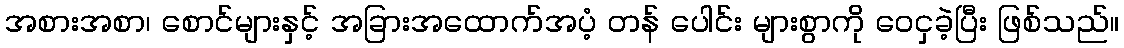
အစားအစာ၊ စောင်များနှင့် အခြားအထောက်အပံ့ တန် ပေါင်း များစွာကို ဝေငှခဲ့ပြီး ဖြစ်သည်။